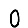
Digit: 0